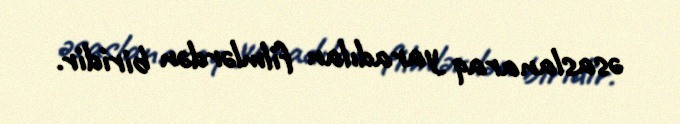
əsaslanaraq yaradılan filmlərdən biridir.